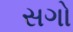
સગો